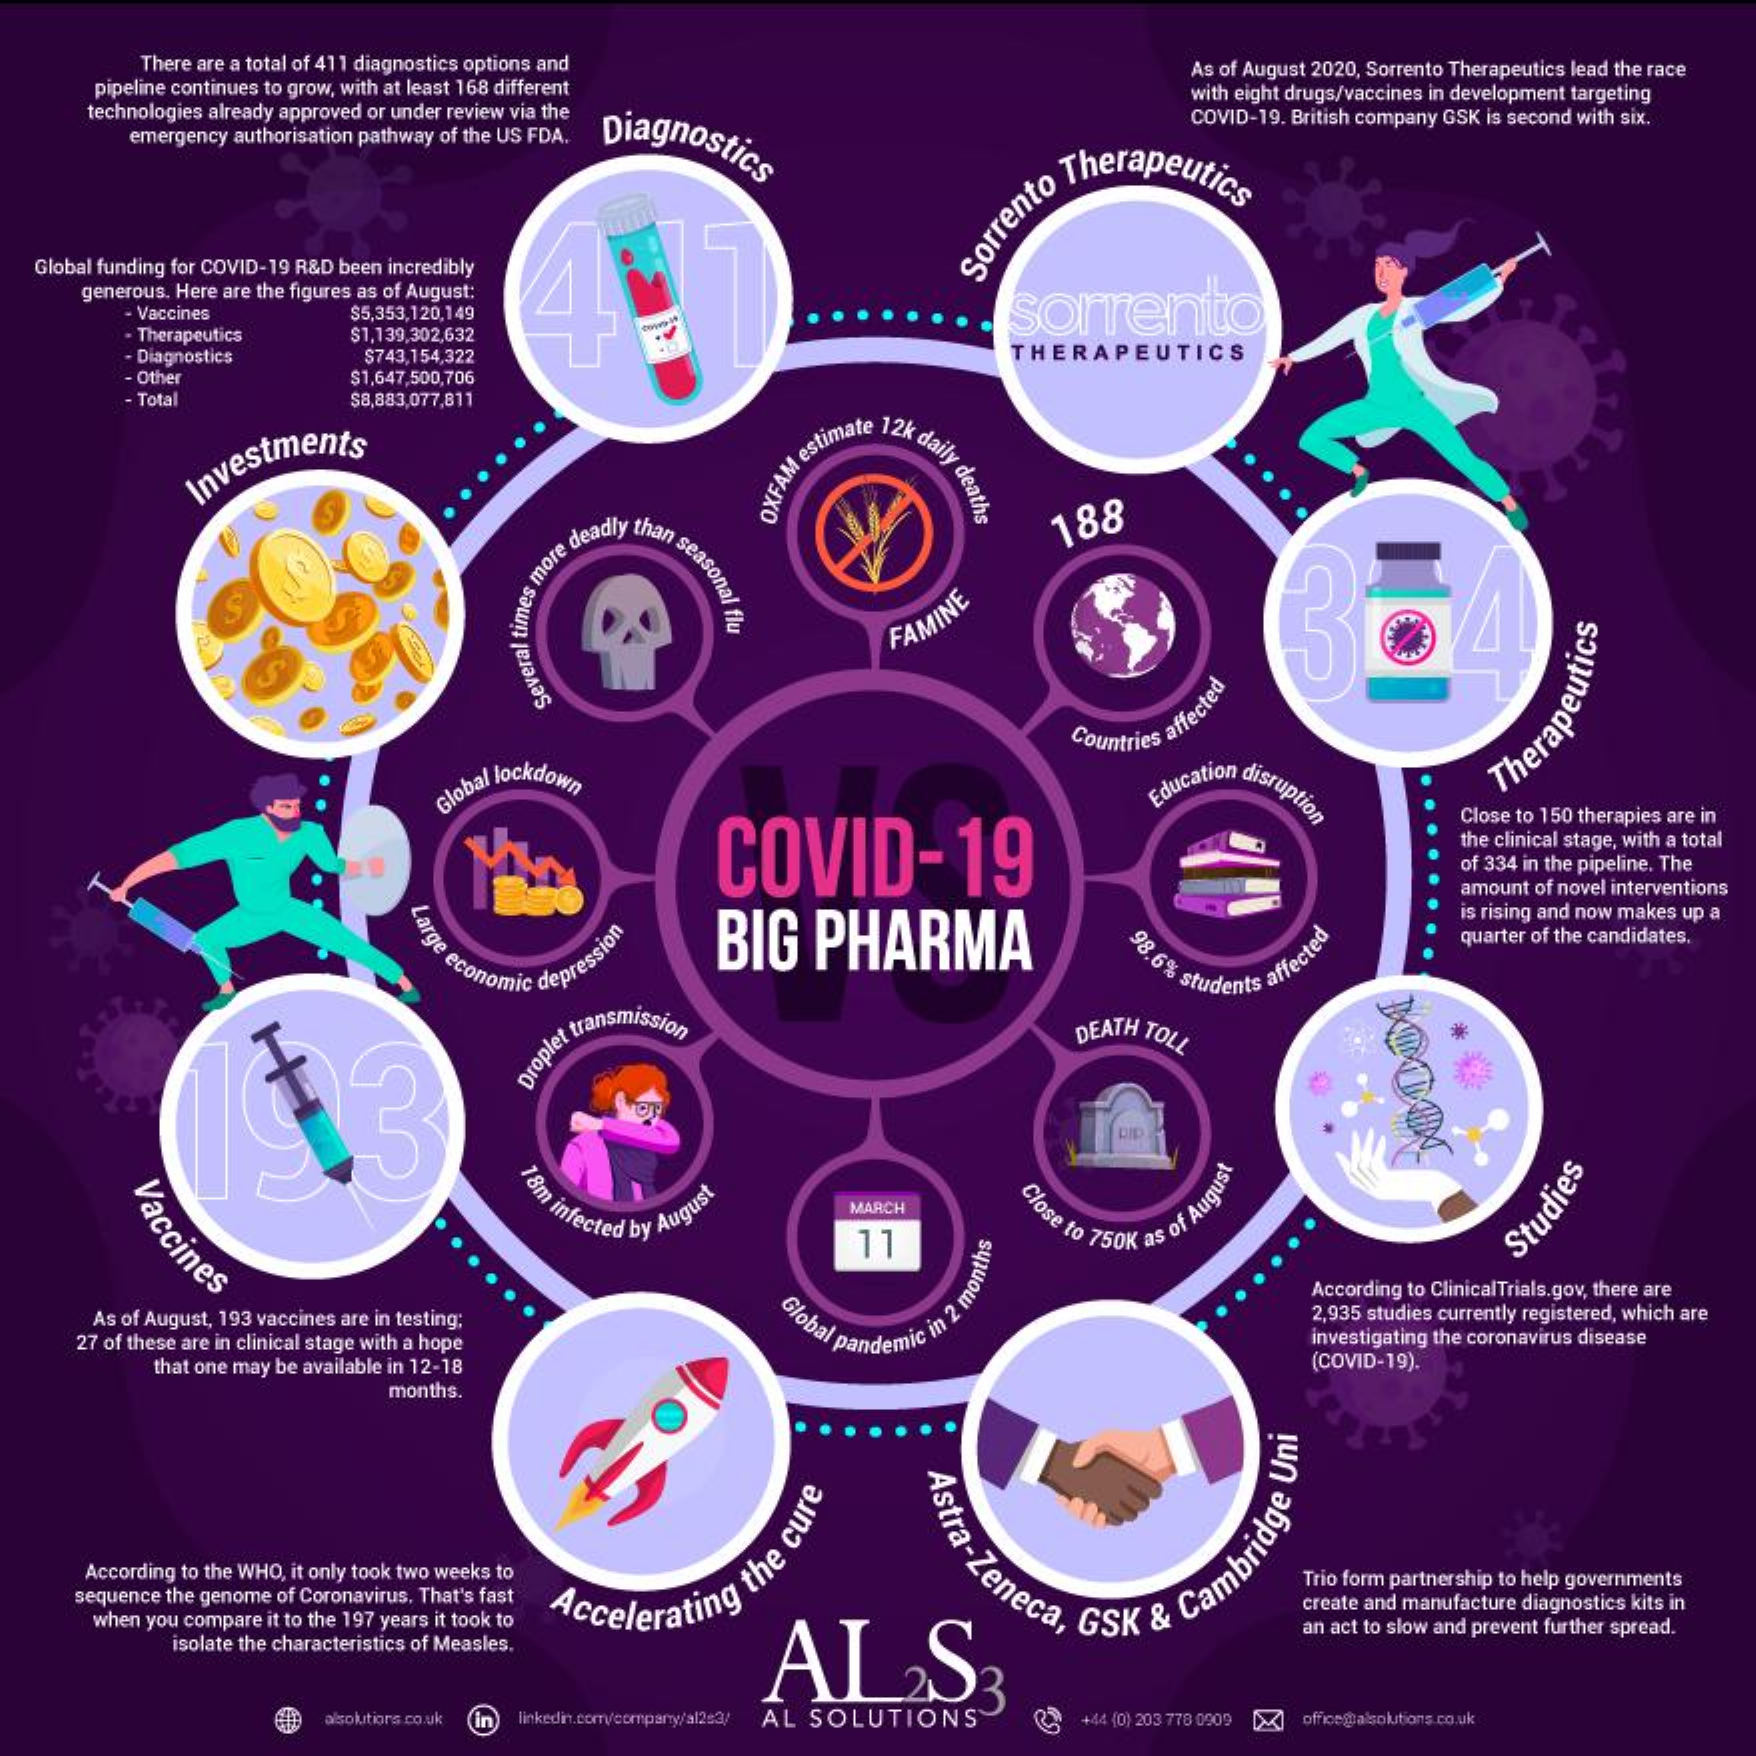
There are a total of 411 diagnostics options and
    pipeline continues to grow, with at least 168 different
     As of August 2020, Sorrento Therapeutics lead the race
    technologies already approved or under review via the
     emergency authorisation pathway of the US FDA. Diagnostics
     with eight drugs/vaccines in development targeting
     COVID-19. British company GSK is second with six.
     Sorrento
     Therapeutics
  Global funding for COVID-19 R&D been incredibly
    generous. Here are the figures as of August:
     - Vaccines $5,353,120,149    sorrento
     . Therapeutics $1.139,302,632
     - Diagnostics $743,154,322    THERAPEUTICS
     - Other   $1,647,500,706
     - Total   $8,883,077,811
     Investments    OXFAM
     estimate 12k daily
     deathe
     e deadly than
     seasonal
     188
     FAMINE
     Several
     times
     m
     Countries
     affected
     Global lockdown
     Therapeutics
     COVID-19
     Education disruption
     Close to 150 therapies are in
     the clinical stage, with a total
     of 334 in the pipeline. The
     amount of novel interventions
     arge
     economic depression BIG PHARMA
     is rising and now makes up a
     8.6% students affected
     quarter of the candidates.
     Droplet transmission    DEATH TOLL
     Vaccines
     18m infected by August MARCH Close to 750K as of August
     11
     Studies
     According to ClinicalTrials.gov, there are
    As of August, 193 vaccines are in testing; Global pandemic in 2
     monul
     2,935 studies currently registered, which are
    27 of these are in clinical stage with a hope    investigating the coronavirus disease
     that one may be available in 12-18    (COVID-19).
     months,
     Astra-Zeneca,
    According to the WHO, it only took two weeks to
    sequence the genome of Coronavirus. That's fast Accelerating the
     cure
     Trio form partnership to help governments
    when you compare it to the 197 years it took to
     create and manufacture diagnostics kits in
     isolate the characteristics of Measles.
     ALS3
     Cambridge
     Uni
     an act to slow and prevent further spread.
     aboutora co.uk In  AL SOLUTIONS   +44 (0) 203 770 0509 office@alsolutions.co uk